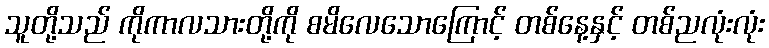
သူတို့သည် ကိုကာလသားတို့ကို စမိလေသောကြောင့် တစ်နေ့နှင့် တစ်ညလုံးလုံး